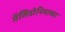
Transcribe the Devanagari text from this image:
मॅसिडोनियाच्या